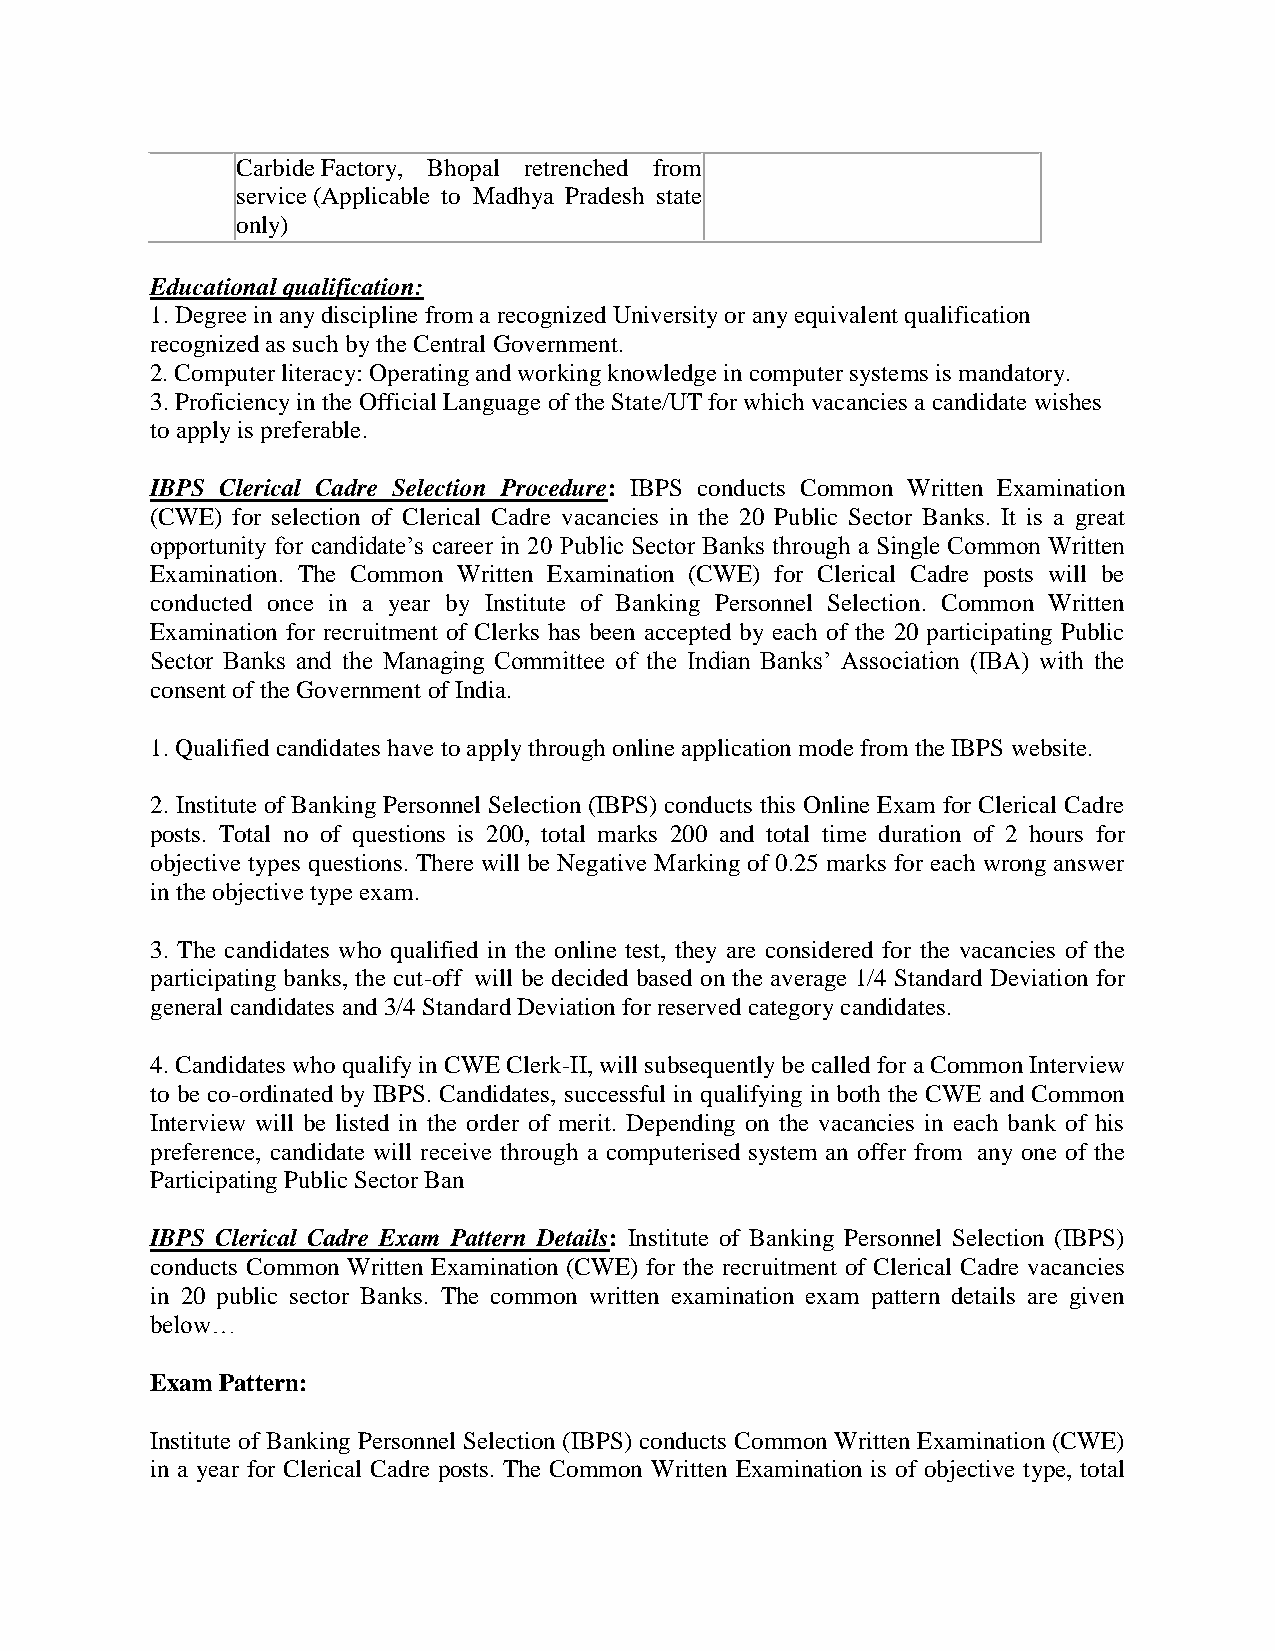
Carbide Factory, Bhopal retrenched from
 service (Applicable to Madhya Pradesh state
 only)
 Educational qualification:
 1. Degree in any discipline from a recognized University or any equivalent qualification
 recognized as such by the Central Government.
 2. Computer literacy: Operating and working knowledge in computer systems is mandatory.
 3. Proficiency in the Official Language of the State/UT for which vacancies a candidate wishes
 to apply is preferable.
 IBPS Clerical Cadre Selection Procedure: IBPS conducts Common Written Examination
 (CWE) for selection of Clerical Cadre vacancies in the 20 Public Sector Banks. It is a great
 opportunity for candidate’s career in 20 Public Sector Banks through a Single Common Written
 Examination. The Common Written Examination (CWE) for Clerical Cadre posts will be
 conducted once in a year by Institute of Banking Personnel Selection. Common Written
 Examination for recruitment of Clerks has been accepted by each of the 20 participating Public
 Sector Banks and the Managing Committee of the Indian Banks’ Association (IBA) with the
 consent of the Government of India.
 1. Qualified candidates have to apply through online application mode from the IBPS website.
 2. Institute of Banking Personnel Selection (IBPS) conducts this Online Exam for Clerical Cadre
 posts. Total no of questions is 200, total marks 200 and total time duration of 2 hours for
 objective types questions. There will be Negative Marking of 0.25 marks for each wrong answer
 in the objective type exam.
 3. The candidates who qualified in the online test, they are considered for the vacancies of the
 participating banks, the cut-off will be decided based on the average 1/4 Standard Deviation for
 general candidates and 3/4 Standard Deviation for reserved category candidates.
 4. Candidates who qualify in CWE Clerk-II, will subsequently be called for a Common Interview
 to be co-ordinated by IBPS. Candidates, successful in qualifying in both the CWE and Common
 Interview will be listed in the order of merit. Depending on the vacancies in each bank of his
 preference, candidate will receive through a computerised system an offer from any one of the
 Participating Public Sector Ban
 IBPS Clerical Cadre Exam Pattern Details: Institute of Banking Personnel Selection (IBPS)
 conducts Common Written Examination (CWE) for the recruitment of Clerical Cadre vacancies
 in 20 public sector Banks. The common written examination exam pattern details are given
 below…
 Exam Pattern:
 Institute of Banking Personnel Selection (IBPS) conducts Common Written Examination (CWE)
 in a year for Clerical Cadre posts. The Common Written Examination is of objective type, total